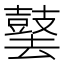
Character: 䵽